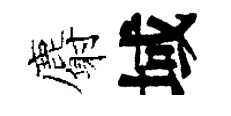
麝域